Cholera in India, 1862 to 1881
Year: 1862
Disease focus: Cholera
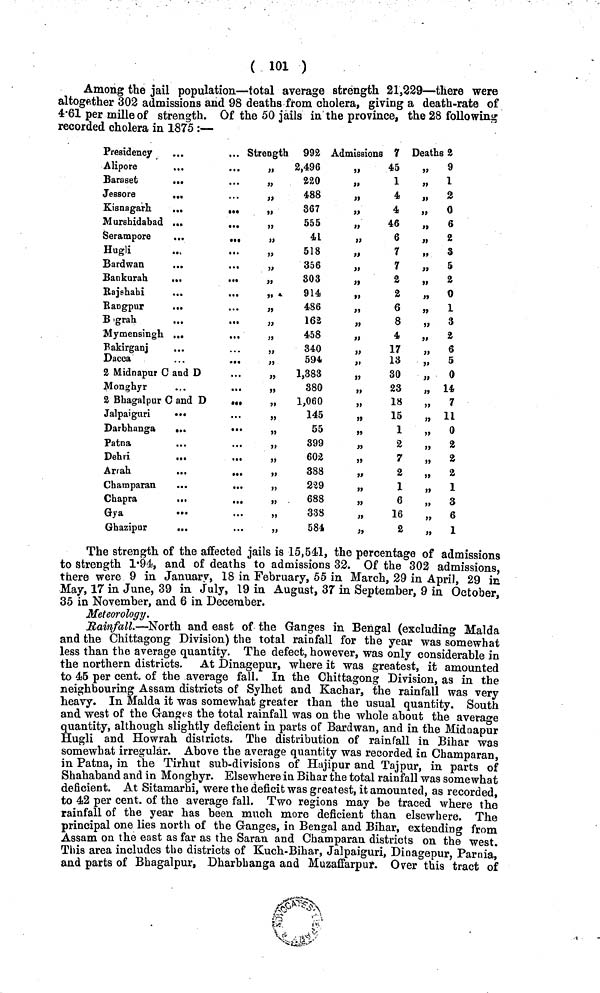
( 101 )
Among the jail population—total average strength 21,229—there were
altogether 302 admissions and 98 deaths from cholera, giving a death-rate of
4.61 per mille of strength. Of the 50 jails in the province, the 28 following
recorded cholera in 1875 :—
Presidency
...
Alipore
...
Baraset
...
Jessore
...
Kisnagarh.
...
...
Murshidabad ...
...
Serampore
...
Hugli
...
Bardwan.
...
...
Bankurah
...
...
Raj shah i
...
...
Rangpur
...
B'grah
...
...
Mymensingh. ...
...
Rakirganj
...
Dacca
...
...
2 Midnapur C. and D
Monghyr
2 Bhagalpur C and D
.,,
Jalpaiguri
Darbhanga
...
Patna
...
...
Dehri
...
...
Arrah
...
...
Champaran
...
..
Chapra
...
..
Gya
Ghazipur
...
Strength 992
„
2,496
,,220
,,488
,,367
,,555
,,41
,,518
„
356
„
303
,,914
„
486
,,162
,,458
,,340
,,594
„
1,383
„
380
„
1,060
,,145
„
55
,,399
,,602
,,388
,,229
,,688
,,338
,,584
Admissions 7
,,45
,,1
,,4
,,4
,,46
,,6
,,7
,,7
,,2
,,2
,,6
,,8
,,4
,,17
,,13
,,30
,,23
,,18
,,15
,,1
,,2
,,7
,,2
,,1
,,6
,,16
,,2
Deaths 2
,,
9
„ 1
„
2
,,
0
,,
6
,,
2
,, 3
,,
5
,,
2
,,
0
„
1
,, 3
,,
2
,, 6
,, 5
,,
0
„ 14
„
7
,, 11
,, 0
„
2
,,
2
,,
2
„ 1
,, 3
,, 6
„ 1
The strength of the affected jails is 15,541, the percentage of admissions
to strength 1.94, and of deaths to admissions 32. Of the 302 admissions,
there were 9 in January, 18 in February, 55 in March, 29 in April, 29 in
May, 17 in June, 39 in July, 19 in August, 37 in September, 9 in October,
35 in November, and 6 in December.
Meteorology.
Rainfall.—North and east of the Ganges in Bengal (excluding Malda
and the Chittagong Division) the total rainfall for the year was somewhat
less than the average quantity. The defect, however, was only considerable in
the northern districts. At Dinagepur, where it was greatest, it amounted
to 45 per cent, of the average fall. In the Chittagong Division, as in the
neighbouring Assam districts of Sylhet and Kachar, the rainfall was very
heavy. In Malda it was somewhat greater than the usual quantity. South
and west of the Granges the total rainfall was on the whole about the average
quantity, although slightly deficient in parts of Bardwan, and in the Midnapur
Hugli and Howrah districts. The distribution of rainfall in Bihar was
somewhat irregular. Above the average quantity was recorded in Champaran,
in Patna, in the Tirhut sub-divisions of Hajipur and Tajpur, in parts of
Shahaband and in Monghyr. Elsewhere in Bihar the total rainfall was somewhat
deficient. At Sitamarhi, were the deficit was greatest, it amounted, as recorded,
to 42 per cent, of the average fall. Two regions may be traced where the
rainfall of the year has been much more deficient than elsewhere. The
principal one lies north of the Ganges, in Bengal and Bihar, extending from
Assam on the east as far as the Saran and Champaran districts on the west.
This area includes the districts of Kuch-Bihar, Jalpaiguri, Dinagepur, Parnia,
and parts of Bhagalpur, Dharbhanga and Muzaffarpur. Over this tract of